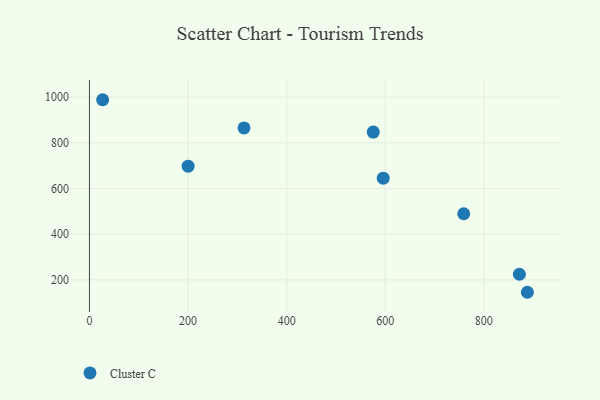
{"axis": {"x": "Investment", "y": "Rating"}, "legend": ["Cluster C"], "data": [{"x": "26.7", "y": 988.2, "type": "Cluster C"}, {"x": "595.9", "y": 645.0, "type": "Cluster C"}, {"x": "575.7", "y": 846.8, "type": "Cluster C"}, {"x": "200.1", "y": 697.5, "type": "Cluster C"}, {"x": "872.1", "y": 224.7, "type": "Cluster C"}, {"x": "759.2", "y": 489.4, "type": "Cluster C"}, {"x": "313.5", "y": 864.8, "type": "Cluster C"}, {"x": "888.3", "y": 145.8, "type": "Cluster C"}]}